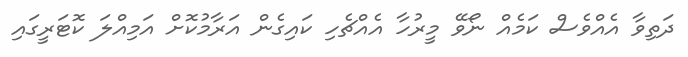
ދަތިވާ އެއްވެސް ކަމެއް ނޯވޭ މީރުހާ އެއްޗެހި ކައިގެން އަރާމުކޮށް އަމިއްލަ ކޮޓަރީގައި